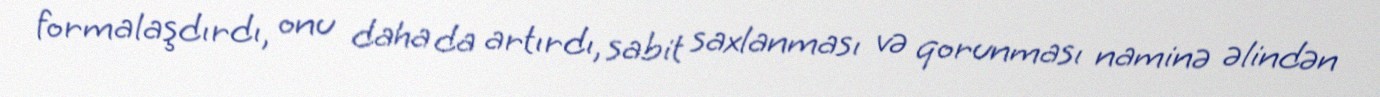
formalaşdırdı, onu daha da artırdı, sabit saxlanması və qorunması naminə əlindən